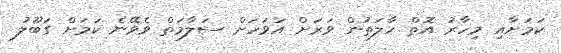
ކަމަށާއި މިހާރު އޮތް ހާލަތުން ވަރަށް އަވަހަށް ސަލާމަތް ވެވޭނެ ކަމަށް ގަބޫލު